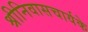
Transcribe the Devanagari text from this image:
श्रीनिवासचार्यके